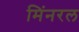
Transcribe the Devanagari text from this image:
मिंनरल